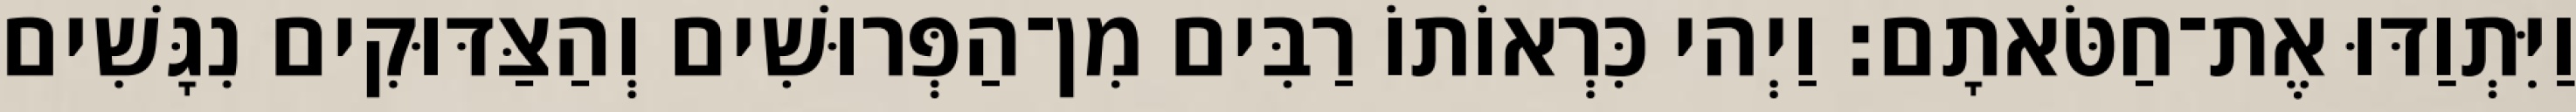
וַיִּתְוַדּוּ אֶת־חַטֹּאתָם׃ וַיְהי כִּרְאוֹתוֹ רַבִּים מִן־הַפְּרוּשִׁים וְהַצַּדּוּקִים נִגָּשִׁים